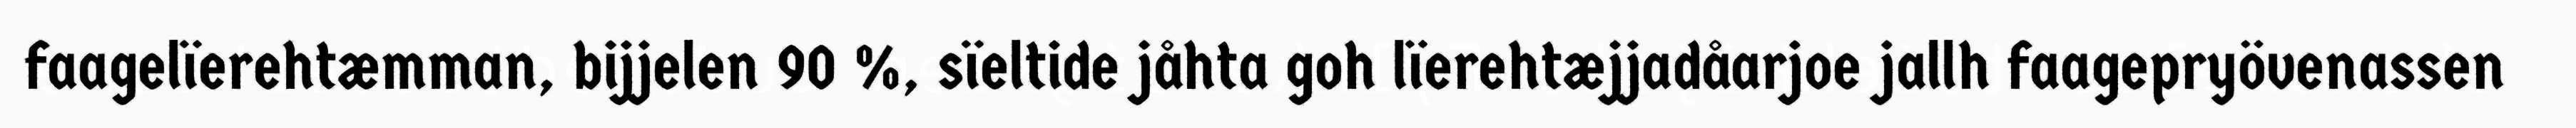
faagelïerehtæmman, bijjelen 90 %, sïeltide jåhta goh lïerehtæjjadåarjoe jallh faagepryövenassen